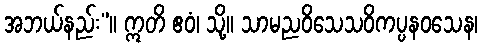
အဘယ်နည်း”။ ဣတိ ဧဝံ၊ သို့။ သာမညဝိသေသဝိကပ္ပနဝသေန၊